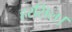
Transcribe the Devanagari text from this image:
हरसिल।